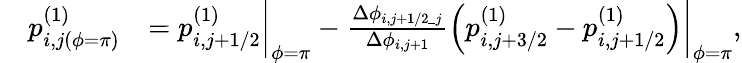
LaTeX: \begin{array}{rl}&{\begin{array}{rl}{p_{i,j(\phi=\pi)}^{(1)}}&{=p_{i,j+1/2}^{(1)}\biggr|_{\phi=\pi}-\frac{\Delta\phi_{i,j+1/2\_ j}}{\Delta\phi_{i,j+1}}\left(p_{i,j+3/2}^{(1)}-p_{i,j+1/2}^{(1)}\right)\biggr|_{\phi=\pi},}\end{array}}\end{array}